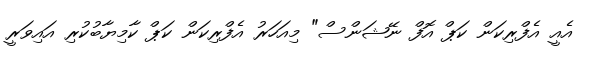
އެއީ އެފްރިކަން ކަޕް އޮފް ނޭޝަންސް" މިއަހަރު އެފްރިކަން ކަޕް ކާމިޔާބުކުރި އައިވަރީ